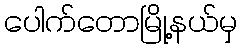
ပေါက်တောမြို့နယ်မှ